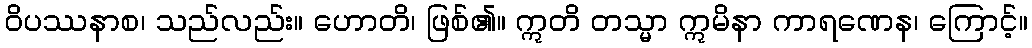
ဝိပဿနာစ၊ သည်လည်း။ ဟောတိ၊ ဖြစ်၏။ ဣတိ တသ္မာ ဣမိနာ ကာရဏေန၊ ကြောင့်။